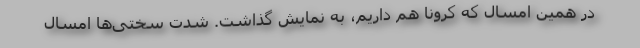
در همین امسال که کرونا هم داریم، به نمایش گذاشت. شدت سختی‌ها امسال